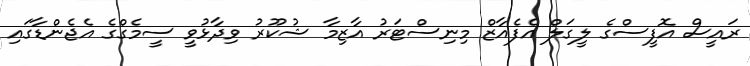
ރައީސް އޮފީސްގެ ލީގަލް އެފެއާޒް މިނިސްޓަރު އާޒިމާ ޝުކޫރު ވިދާޅުވީ ސީމެގްގެ އެޖެންޑާގައި